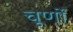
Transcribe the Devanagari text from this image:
चूर्णो